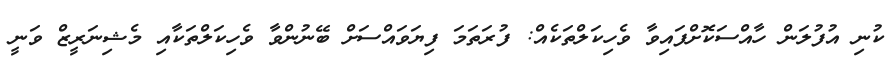
ކުނި އުފުލަން ހާއްސަކޮށްފައިވާ ވެހިކަލްތަކެއް: ފުރަތަމަ ފިޔަވައްސަށް ބޭނުންވާ ވެހިކަލްތަކާއި މެޝިނަރީޒް ވަނީ